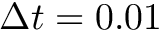
\Delta t = 0 . 0 1